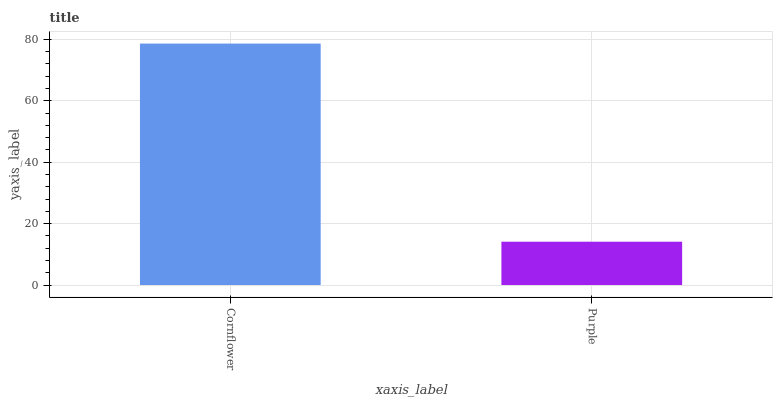
| xaxis_label | bars |
 | --- | --- |
 | Cornflower | 78.6 |
 | Purple | 14.1 |